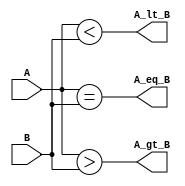
`timescale 1ns/10ps

module Q1_4_bit_Comparator(A_lt_B, A_gt_B, A_eq_B, A, B);
	output A_lt_B, A_gt_B, A_eq_B;
    input[3:0] A, B;
    //Code
    assign A_gt_B = (A > B);
    assign A_lt_B = (A < B);
    assign A_eq_B = (A == B);

endmodule

module Q2_Binary_to_Grey(Dout, Din);
	output	[3:0] Dout;
	input	[3:0] Din;
	//Code
	wire t0, t1, t2, t3, t4, t5;
	assign Dout[3] = Din[3];
	assign t0 = ~Din[2] & Din[3];
	assign t1 = Din[2] & ~Din[3];
	assign Dout[2] = t0 | t1;
	assign t2 = ~Din[1] & Din[2];
	assign t3 = Din[1] & ~Din[2];
	assign Dout[1] = t2 | t3;
	assign t4 = ~Din[0] & Din[1];
	assign t5 = Din[0] & ~Din[1];
	assign Dout[0] = t4 | t5;
	
endmodule

module Q3_Decode_and_Execute(Rd, Op_code, Rs, Rt);
	output	[3:0] Rd;
	input	[3:0] Rs, Rt;
	input	[2:0] Op_code;
	//Code
	wire Rs_lt_Rt, Rs_gt_Rt, Rs_eq_Rt;
    reg NC_in = 1,C_in = 0;
    wire C_out, NC_out;
    //reg [2:0]    Op;
    wire [2:0] w;
    wire [2:0] v;
    Q1_4_bit_Comparator Com1(Rs_lt_Rt, Rs_gt_Rt, Rs_eq_Rt, Rs, Rt);
    wire [3:0] nRt;
    reg [3:0] temp, t0, t1, t2, t3;
    assign nRt[3] = ~Rt[3];
    assign nRt[2] = ~Rt[2];
    assign nRt[1] = ~Rt[1];
    assign nRt[0] = ~Rt[0];
    wire[7:0] ans;
    wire [7:0] bns;
    reg [3:0] Rd;
    FullAdder sub0(ans[0], v[0], NC_in, Rs[0], nRt[0]);
    FullAdder sub1(ans[1], v[1], v[0], Rs[1], nRt[1]);
    FullAdder sub2(ans[2], v[2], v[1], Rs[2], nRt[2]);
    FullAdder sub3(ans[3], NC_out, v[2], Rs[3], nRt[3]);
    FullAdder add0(ans[4], w[0], C_in, Rs[0], Rt[0]);
    FullAdder add1(ans[5], w[1], w[0], Rs[1], Rt[1]);
    FullAdder add2(ans[6], w[2], w[1], Rs[2], Rt[2]);
    FullAdder add3(ans[7], C_out, w[2], Rs[3], Rt[3]);
    nand nand1(bns[0], Rs[0], Rt[0]);
    nand nand2(bns[1], Rs[1], Rt[1]);
    nand nand3(bns[2], Rs[2], Rt[2]);
    nand nand4(bns[3], Rs[3], Rt[3]);
    nor nor1(bns[4], Rs[0], Rt[0]);
    nor nor2(bns[5], Rs[1], Rt[1]);
    nor nor3(bns[6], Rs[2], Rt[2]);
    nor nor4(bns[7], Rs[3], Rt[3]);

    always @* begin
    
    if (Op_code == 3'b000)
        begin
        if(Rs_gt_Rt == 1'b1)
            begin
                 Rd[3] = ans[3];
                 Rd[2] = ans[2];
                 Rd[1] = ans[1];
                 Rd[0] = ans[0];
            end
        else
             Rd = 4'b0;
        end
     else if(Op_code == 3'b001)
        begin
         Rd[3] = ans[7];
         Rd[2] = ans[6];
         Rd[1] = ans[5];
         Rd[0] = ans[4];

        end
    else if (Op_code == 3'b010)
        begin
         t0 = (Rt[0] == 1) ? Rs : 4'b0;
         t1 = (Rt[1] == 1) ? Rs : 4'b0;
         t2 = (Rt[2] == 1) ? Rs : 4'b0;
         t3 = (Rt[3] == 1) ? Rs : 4'b0;
         temp = t0 + (t1<<1) + (t2<<2) + (t3<<3);
         Rd[0] = temp[0];
         Rd[1] = temp[1];
         Rd[2] = temp[2];
         Rd[3] = temp[3];
        end
    else if (Op_code == 3'b011)
        begin
         Rd[3] = bns[3];
         Rd[2] = bns[2];
         Rd[1] = bns[1];
         Rd[0] = bns[0];

        end
    else if (Op_code == 3'b100)
        begin
         Rd[3] = bns[7];
         Rd[2] = bns[6];
         Rd[1] = bns[5];
         Rd[0] = bns[4];

        end
    else if (Op_code == 3'b101)
        begin
        if (Rt == 4'b0)
            begin
             Rd[3] = Rs[3];
             Rd[2] = Rs[2];
             Rd[1] = Rs[1];
             Rd[0] = Rs[0];
            end
        else if (Rt == 4'b0001)
            begin
             Rd[3] = Rs[2];
             Rd[2] = Rs[1];
             Rd[1] = Rs[0];
             Rd[0] = 0;
            end
        else if (Rt == 4'b0010)
            begin
             Rd[3] = Rs[1];
             Rd[2] = Rs[0];
             Rd[1] = 0;
             Rd[0] = 0;
            end
        else if (Rt == 4'b0011)
            begin
             Rd[3] = Rs[0];
             Rd[2] = 0;
             Rd[1] = 0;
             Rd[0] = 0;
            end
        else 
            begin
             Rd[3] = 0;
             Rd[2] = 0;
             Rd[1] = 0;
             Rd[0] = 0;
            end
        end
    else if (Op_code == 3'b110)
        begin
        if (Rt == 4'b0)
            begin
             Rd[3] = Rs[3];
             Rd[2] = Rs[2];
             Rd[1] = Rs[1];
             Rd[0] = Rs[0];
            end
        else if (Rt == 4'b0001)
            begin
             Rd[3] = 0;
             Rd[2] = Rs[3];
             Rd[1] = Rs[2];
             Rd[0] = Rs[1];
            end
        else if (Rt == 4'b0010)
            begin
             Rd[3] = 0;
             Rd[2] = 0;
             Rd[1] = Rs[3];
             Rd[0] = Rs[2];
            end
        else if (Rt == 4'b0011)
            begin
             Rd[3] = 0;
             Rd[2] = 0;
             Rd[1] = 0;
             Rd[0] = Rs[3];
            end
        else 
            begin
             Rd[3] = 0;
             Rd[2] = 0;
             Rd[1] = 0;
             Rd[0] = 0;
            end
        end
    else
        begin 
        if(Rs_eq_Rt == 1)
        Rd = Rs;
        else
        Rd = Rt;
        end
    end
endmodule

module Q4_NAND_Implement(Out, A, B, Sel);
	output 	Out;
	input 	A, B;
	input	[2:0] Sel;
	//Cdoe
	wire [12:0] w;
	wire [7:0]  w_mux;
	nand nand1(w[0], A, A);
	nand nand2(w[1], B, B);
	nand nand3(w[2], w[0], w[1]);
	nand nand4(w[3], w[2], w[2]);
	nand nand5(w[4], A, B);
	nand nand6(w[5], w[4], w[4]);
	nand nand7(w[6], A, w[4]);
	nand nand8(w[7], B, w[4]);
	nand nand9(w[8], w[6], w[7]);
	nand nand10(w[9], w[8], w[8]);
	nand nand11(w[10], Sel[0], Sel[0]);
	nand nand12(w[11], Sel[1], Sel[1]);
	nand nand13(w[12], Sel[2], Sel[2]);
	nand nand000(w_mux[0], w[0], w[12], w[11], w[10]);
	nand nand001(w_mux[1], w[3], w[12], w[11], Sel[0]);
	nand nand010(w_mux[2], w[5], w[12], Sel[1], w[10]);
	nand nand011(w_mux[3], w[2], w[12], Sel[1], Sel[0]);
	nand nand100(w_mux[4], w[8], Sel[2], w[11], w[10]);
	nand nand101(w_mux[5], w[9], Sel[2], w[11], Sel[0]);
	nand nand110(w_mux[6], w[4], Sel[2], Sel[1], w[10]);
	nand nand111(w_mux[7], w[4], Sel[2], Sel[1], Sel[0]);
	nand nand0(Out, w_mux[0], w_mux[1], w_mux[2], w_mux[3], w_mux[4], w_mux[5], w_mux[6], w_mux[7]);
	
endmodule

module Q5_NOR_Implement(Out, A, B, Sel);
	output 	Out;
	input 	A, B;
	input 	[2:0] Sel;
	//Code
	wire [10:0] w;
    wire [7:0]  w_mux;
    wire        out1;
    nor nor1(w[0], A, A);
    nor nor2(w[1], B, B);
    nor nor3(w[2], w[0], w[1]);
    nor nor4(w[3], w[2], w[2]);
    nor nor5(w[4], A, B);
    nor nor6(w[5], w[2], w[4]);
    nor nor7(w[6], w[5], w[5]);
    nor nor8(w[7], w[4], w[4]);
    nor nor9(w[8], Sel[0], Sel[0]);
    nor nor10(w[9], Sel[1], Sel[1]);
    nor nor11(w[10], Sel[2], Sel[2]);
    nor nor000(w_mux[0], A, Sel[2], Sel[1], Sel[0]);
    nor nor001(w_mux[1], w[2], Sel[2], Sel[1], w[8]);
    nor nor010(w_mux[2], w[3], Sel[2], w[9], Sel[0]);
    nor nor011(w_mux[3], w[4], Sel[2], w[9], w[8]);
    nor nor100(w_mux[4], w[6], w[10], Sel[1], Sel[0]);
    nor nor101(w_mux[5], w[5], w[10], Sel[1], w[8]);
    nor nor110(w_mux[6], w[7], w[10], w[9], Sel[0]);
    nor nor111(w_mux[7], w[7], w[10], w[9], w[8]);
    nor nor0(out1, w_mux[0], w_mux[1], w_mux[2], w_mux[3], w_mux[4], w_mux[5], w_mux[6], w_mux[7]);
    nor nor01(Out, out1, out1);
	
endmodule

module Q6_Latch(Q, D, clk);
	output	Q;
	input	D, clk;
	//Code
	wire       n_D;
	wire [2:0] w;
	not not0(n_D, D);
	nand nand0(w[0], D, clk);
	nand nand1(w[1], n_D, clk);
	nand nand2(Q, w[0], w[2]);    
	nand nand3(w[2], w[1], Q);
	
endmodule

module Q6_FlipFlop(Q, D, clk);
	output	Q;
	input	D, clk;
	//Code
	wire w;
	Q6_Latch Q6_ML(w, D, clk);
    Q6_Latch Q6_SL(Q, w, ~clk);

endmodule


module FullAdder(Sum, C_out, C_in, A, B);
    output Sum, C_out;
    input  C_in, A, B;
    wire xor_w, w1, w2;
    xor xor1 (xor_w, A, B) ;
    xor xor2 (Sum, xor_w, C_in);
    and and1(w1, C_in, xor_w);
    and and2(w2, A, B);
    or or1(C_out, w1, w2);
endmodule

module FullAdder_CLA(S, P, G, C_in, A, B);
    output S, P, G;
    input  C_in, A, B;
    assign S = A ^ B ^ C_in;
    assign P = A ^ B;
    assign G = A & B;
endmodule

module OQ1_4_bits_CLA(C_out, S, C_in, A, B);
	output	C_out;
	output	[3:0] S;
	input 	C_in;
	input	[3:0] A, B;
	//Code
    wire [3:0] P, G;
    wire [2:0] C;
    wire [9:0] w;
    FullAdder_CLA FA1(S[0], P[0], G[0], C_in ,A[0], B[0]);
    FullAdder_CLA FA2(S[1], P[1], G[1], C[0] ,A[1], B[1]);
    FullAdder_CLA FA3(S[2], P[2], G[2], C[1] ,A[2], B[2]);
    FullAdder_CLA FA4(S[3], P[3], G[3], C[2] ,A[3], B[3]);
    and and0(w[0], C_in, P[0]);
    or or0(C[0], G[0], w[0]);
    and and10(w[1], G[0], P[1]);
    and and11(w[2], C_in, P[0], P[1]);
    or or1(C[1], G[1], w[1], w[2]);
    and and20(w[3], G[1], P[2]);
    and and21(w[4], G[0], P[1], P[2]);
    and and22(w[5], C_in, P[0], P[1], P[2]);
    or or2(C[2], G[2], w[3], w[4], w[5]);
    and and30(w[6], G[2], P[3]);
    and and31(w[7], G[1], P[2], P[3]);
    and and32(w[8], G[0], P[1], P[2], P[3]);
    and and33(w[9], C_in, P[0], P[1], P[2], P[3]);
    or or3(C_out, G[3], w[6], w[7], w[8], w[9]);
endmodule

module OQ2_4bit_Multiplier(P, A, B);
	output	[7:0] P;
	input	[3:0] A, B;
	//Code
	wire	[39:0] w;
	and a1(w[0], A[0], B[0]);
    and a2(w[1], A[1], B[0]);
    and a3(w[2], A[2], B[0]);
    and a4(w[3], A[3], B[0]);
    and a5(w[4], A[0], B[1]);
    and a6(w[5], A[1], B[1]);
    and a7(w[6], A[2], B[1]);
    and a8(w[7], A[3], B[1]);
    and a9(w[8], A[0], B[2]);
    and a10(w[9], A[1], B[2]);
    and a11(w[10], A[2], B[2]);
    and a12(w[11], A[3], B[2]);
    and a13(w[12], A[0], B[3]);
    and a14(w[13], A[1], B[3]);
    and a15(w[14], A[2], B[3]);
    and a16(w[15], A[3], B[3]);
//FullAdder(Sum, C_out, C_in, A, B);
    FullAdder Fa1(w[16], w[17], w[4], 1'b0, w[1]);
    FullAdder Fa2(w[18], w[19], w[5], 1'b0, w[2]);
    FullAdder Fa3(w[20], w[21], w[6], 1'b0, w[3]);
    FullAdder Fa4(w[22], w[23], w[18], w[8], w[17]);
    FullAdder Fa5(w[24], w[25], w[20], w[9], w[19]);
    FullAdder Fa6(w[26], w[27], w[21], w[10], w[7]);
    FullAdder Fa7(w[28], w[29], w[24], w[12], w[23]);
    FullAdder Fa8(w[30], w[31], w[26], w[13], w[25]);
    FullAdder Fa9(w[32], w[33], w[27], w[14], w[11]);
    FullAdder Fa10(w[34], w[35], w[30], 1'b0, w[29]);
    FullAdder Fa11(w[36], w[37], w[35], w[31], w[32]);
    FullAdder Fa12(w[38], w[39], w[37], w[15], w[33]);
    assign P[0] = w[0];
    assign P[1] = w[16];
    assign P[2] = w[22];
    assign P[3] = w[28];
    assign P[4] = w[34];
    assign P[5] = w[36];
    assign P[6] = w[38];
    assign P[7] = w[39];

endmodule